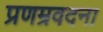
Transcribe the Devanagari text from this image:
प्रणम्रवदना